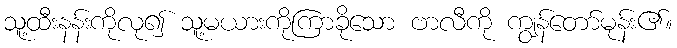
သူ့ထီးနန်းကိုလု၍ သူ့မယားကိုကြာခိုသော ဗာလီကို ကျွန်တော်မုန်း၏။